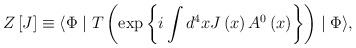
\begin{align*}Z\left[ J\right] \equiv \langle \Phi \mid T\left(\exp \left\{i\int d^4xJ\left(x\right) A^0\left(x\right) \right\} \right) \mid\Phi \rangle, \end{align*}